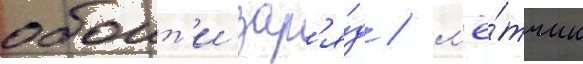
обоит'и зар'я́д / л'ё́тчик